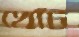
খোঁট